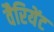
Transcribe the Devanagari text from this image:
वैरियेंट